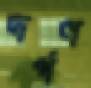
দর্পণ